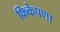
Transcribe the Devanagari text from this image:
फिकेपणा